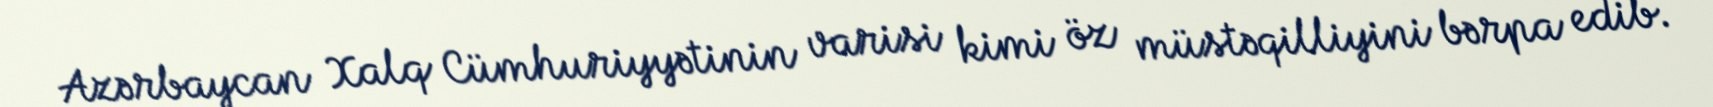
Azərbaycan Xalq Cümhuriyyətinin varisi kimi öz müstəqilliyini bərpa edib.